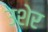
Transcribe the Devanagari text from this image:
उशेर